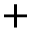
+